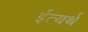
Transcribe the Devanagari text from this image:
ईत्यर्थ